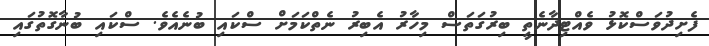
ފެށިދުވަސްކޮޅު ވެއްޓިދާނެތީ ބިރުގަތަސް މިހާރު އެބިރު ނެތްކަމަށް ސްކައި ބުނެއެވެ. ސްކައި ބުނާގޮތުގައި